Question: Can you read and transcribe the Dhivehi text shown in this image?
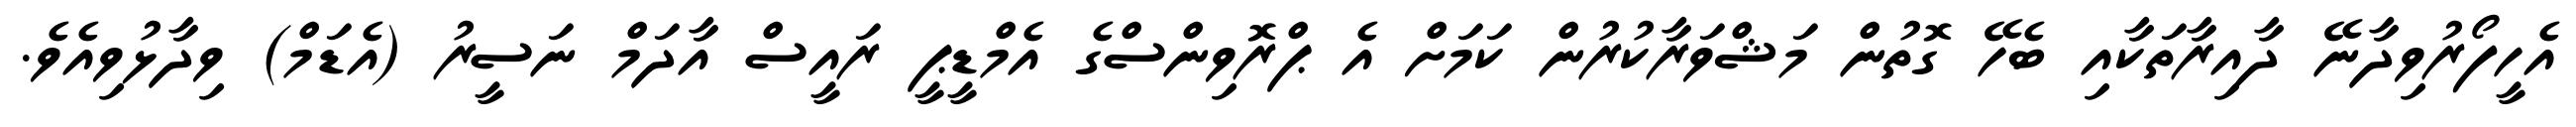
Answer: އެހީފޯރުވިދާނޭ ދާއިރާތަކާއި ބެހޭ ގޮތުން މަޝްވަރާކުރުން ކަމަށް އެ ޕްރޮވިންސްގެ އެމްޑީޕީ ރައީސް އާދަމް ނަސީރު (އެޑަމް) ވިދާޅުވިއެވެ.